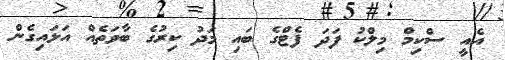
އެއީ ސްކިމް މިލްކު ފަދަ ފެޓްގެ ބައި މަދު ކިރުގެ ބާވަތެއް އަޅައިގެން